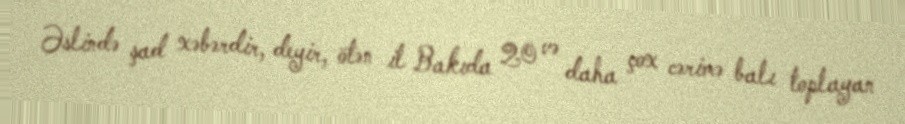
Əslində şad xəbərdir, deyir, ötən il Bakıda 20 və daha çox cərimə balı toplayan